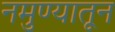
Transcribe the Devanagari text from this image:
नमुण्यातून